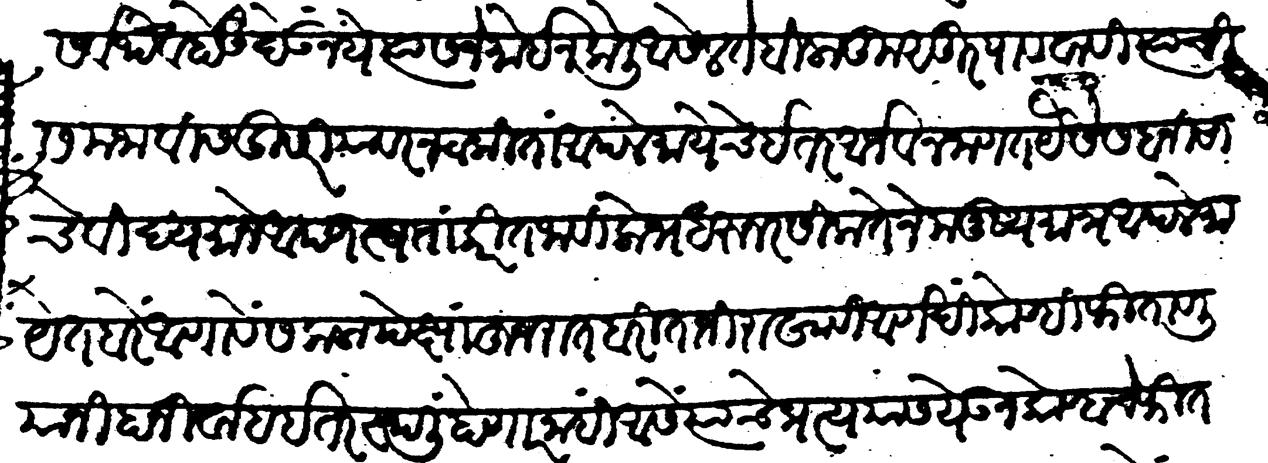
Transliteration (Devanagari): सर्वथैव होऊं देऊं नये त्यास जे मोईन केली आसेल ते बिलाकुसूर पाववावी त्याची समजावीस दुसरीयावर न टाकिता आपले मायेचे इतर आर्जव न जाणत वैसे सबनिसाचे विद्यमानें आपण स्वता करीत जावी लोभ धरून रसिकतेने मनुष्यमात्र आपले मायेंत बरें आणावे सकळापेक्षां हुजरात बरी ताजी राखावी आणखी कोण्ही फितवली यानी हा निर्वाह इतर स्थळीं होणार नाहीं आसे त्याचे प्रत्ययास येऊन कोण्हाचे फितवियांत